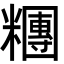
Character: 糰